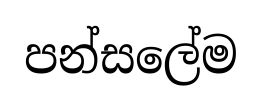
පන්සලේම